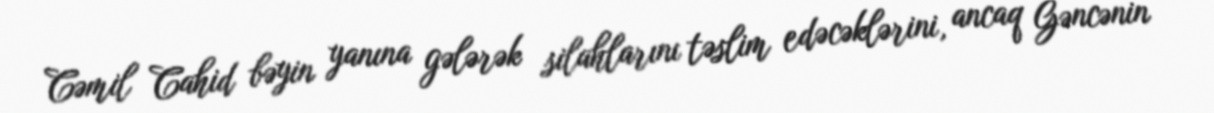
Cəmil Cahid bəyin yanına gələrək silahlarını təslim edəcəklərini, ancaq Gəncənin